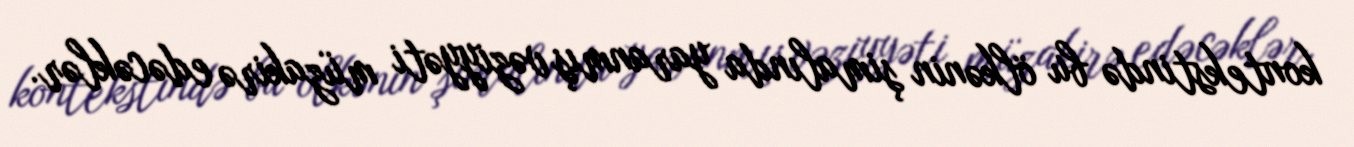
kontekstində bu ölkənin şimalında yaranmış vəziyyəti müzakirə edəcəklər.